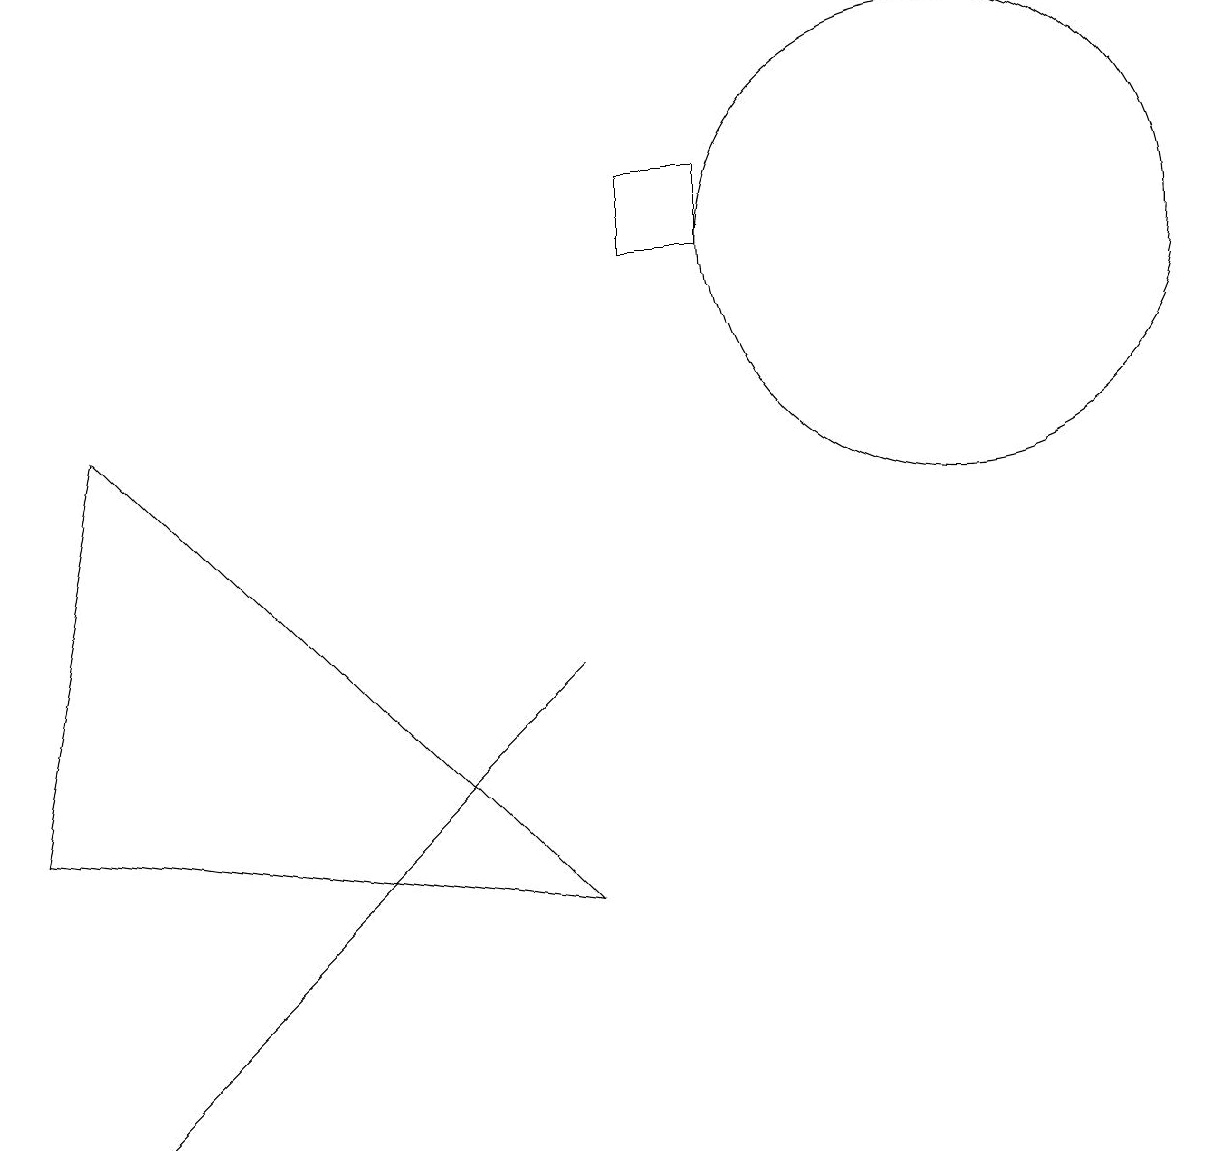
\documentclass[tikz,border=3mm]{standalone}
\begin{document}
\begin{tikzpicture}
\draw (7,3) -- (1,9) -- (0,4) -- cycle;
\draw (9,12) rectangle (8,11);
\draw (12,11) circle (3);
\draw (1,0) -- (6,5) -- (7,6) -- cycle;
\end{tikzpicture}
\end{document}